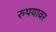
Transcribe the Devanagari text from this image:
रुपयावर